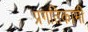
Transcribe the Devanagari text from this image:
प्रगतिकामी